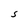
Character: S